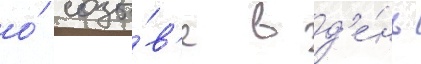
о́ созы́в'е в д'е́нь